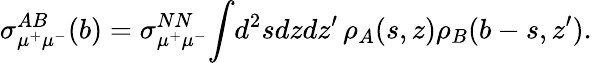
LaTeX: \sigma_{\mu^{+}\mu^{-}}^{AB}(b)=\sigma_{\mu^{+}\mu^{-}}^{NN}\! \int\! d^{2}sdzdz^{\prime}\, \rho_{A}(s,z)\rho_{B}(b-s,z^{\prime}).